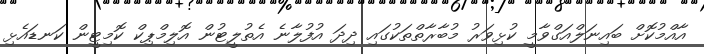
އާއްމުކޮށް ބައިނަލްއަގްވާމީ ކުޅިވަރު މުބާރާތްތަކުގައި ދިދަ އުފުލާނެ އެތުލީޓުން އޮލިމްޕިކް ކޮމިޓީން ކަނޑައެޅި